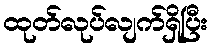
ထုတ်လုပ်လျက်ရှိပြီး